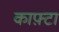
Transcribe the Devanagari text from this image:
काफ़्टा